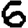
Digit: 6